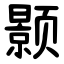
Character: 颢